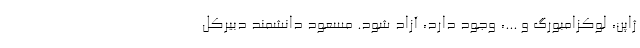
ژاپن، لوکزامبورگ و ...، وجود دارد، آزاد شود. مسعود دانشمند دبیرکل